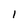
Character: i